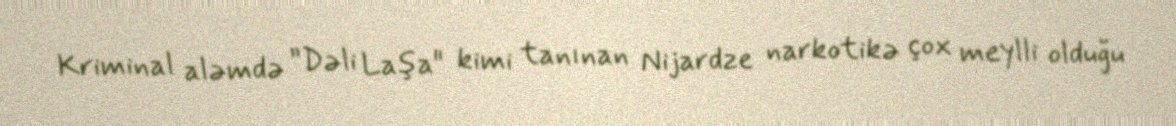
Kriminal aləmdə ”Dəli Laşa" kimi tanınan Nijardze narkotikə çox meylli olduğu